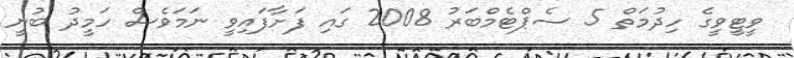
ވީޓީވީގެ ހިދުމަތް 5 ސެޕްޓެމްބަރު 2008 ގައި ފަށާފައިވީ ނަމަވެސް ހަމީދު ބުނީ